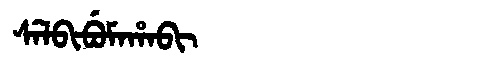
Manchu: ᠰᡝᠯᠪᡳᠪᡠᠮᠠᡥᠠᠪᡳ
Romanization: SELBIBUMAHABI